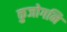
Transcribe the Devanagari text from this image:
कुजोगनि